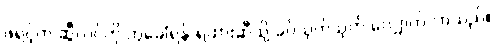
ဖရင့်က ဆွီလင်ကို တွဲခေါ်ရန် ရထားဆီသို့ ခပ်သုတ်သုတ် လျှောက်လာသည်။